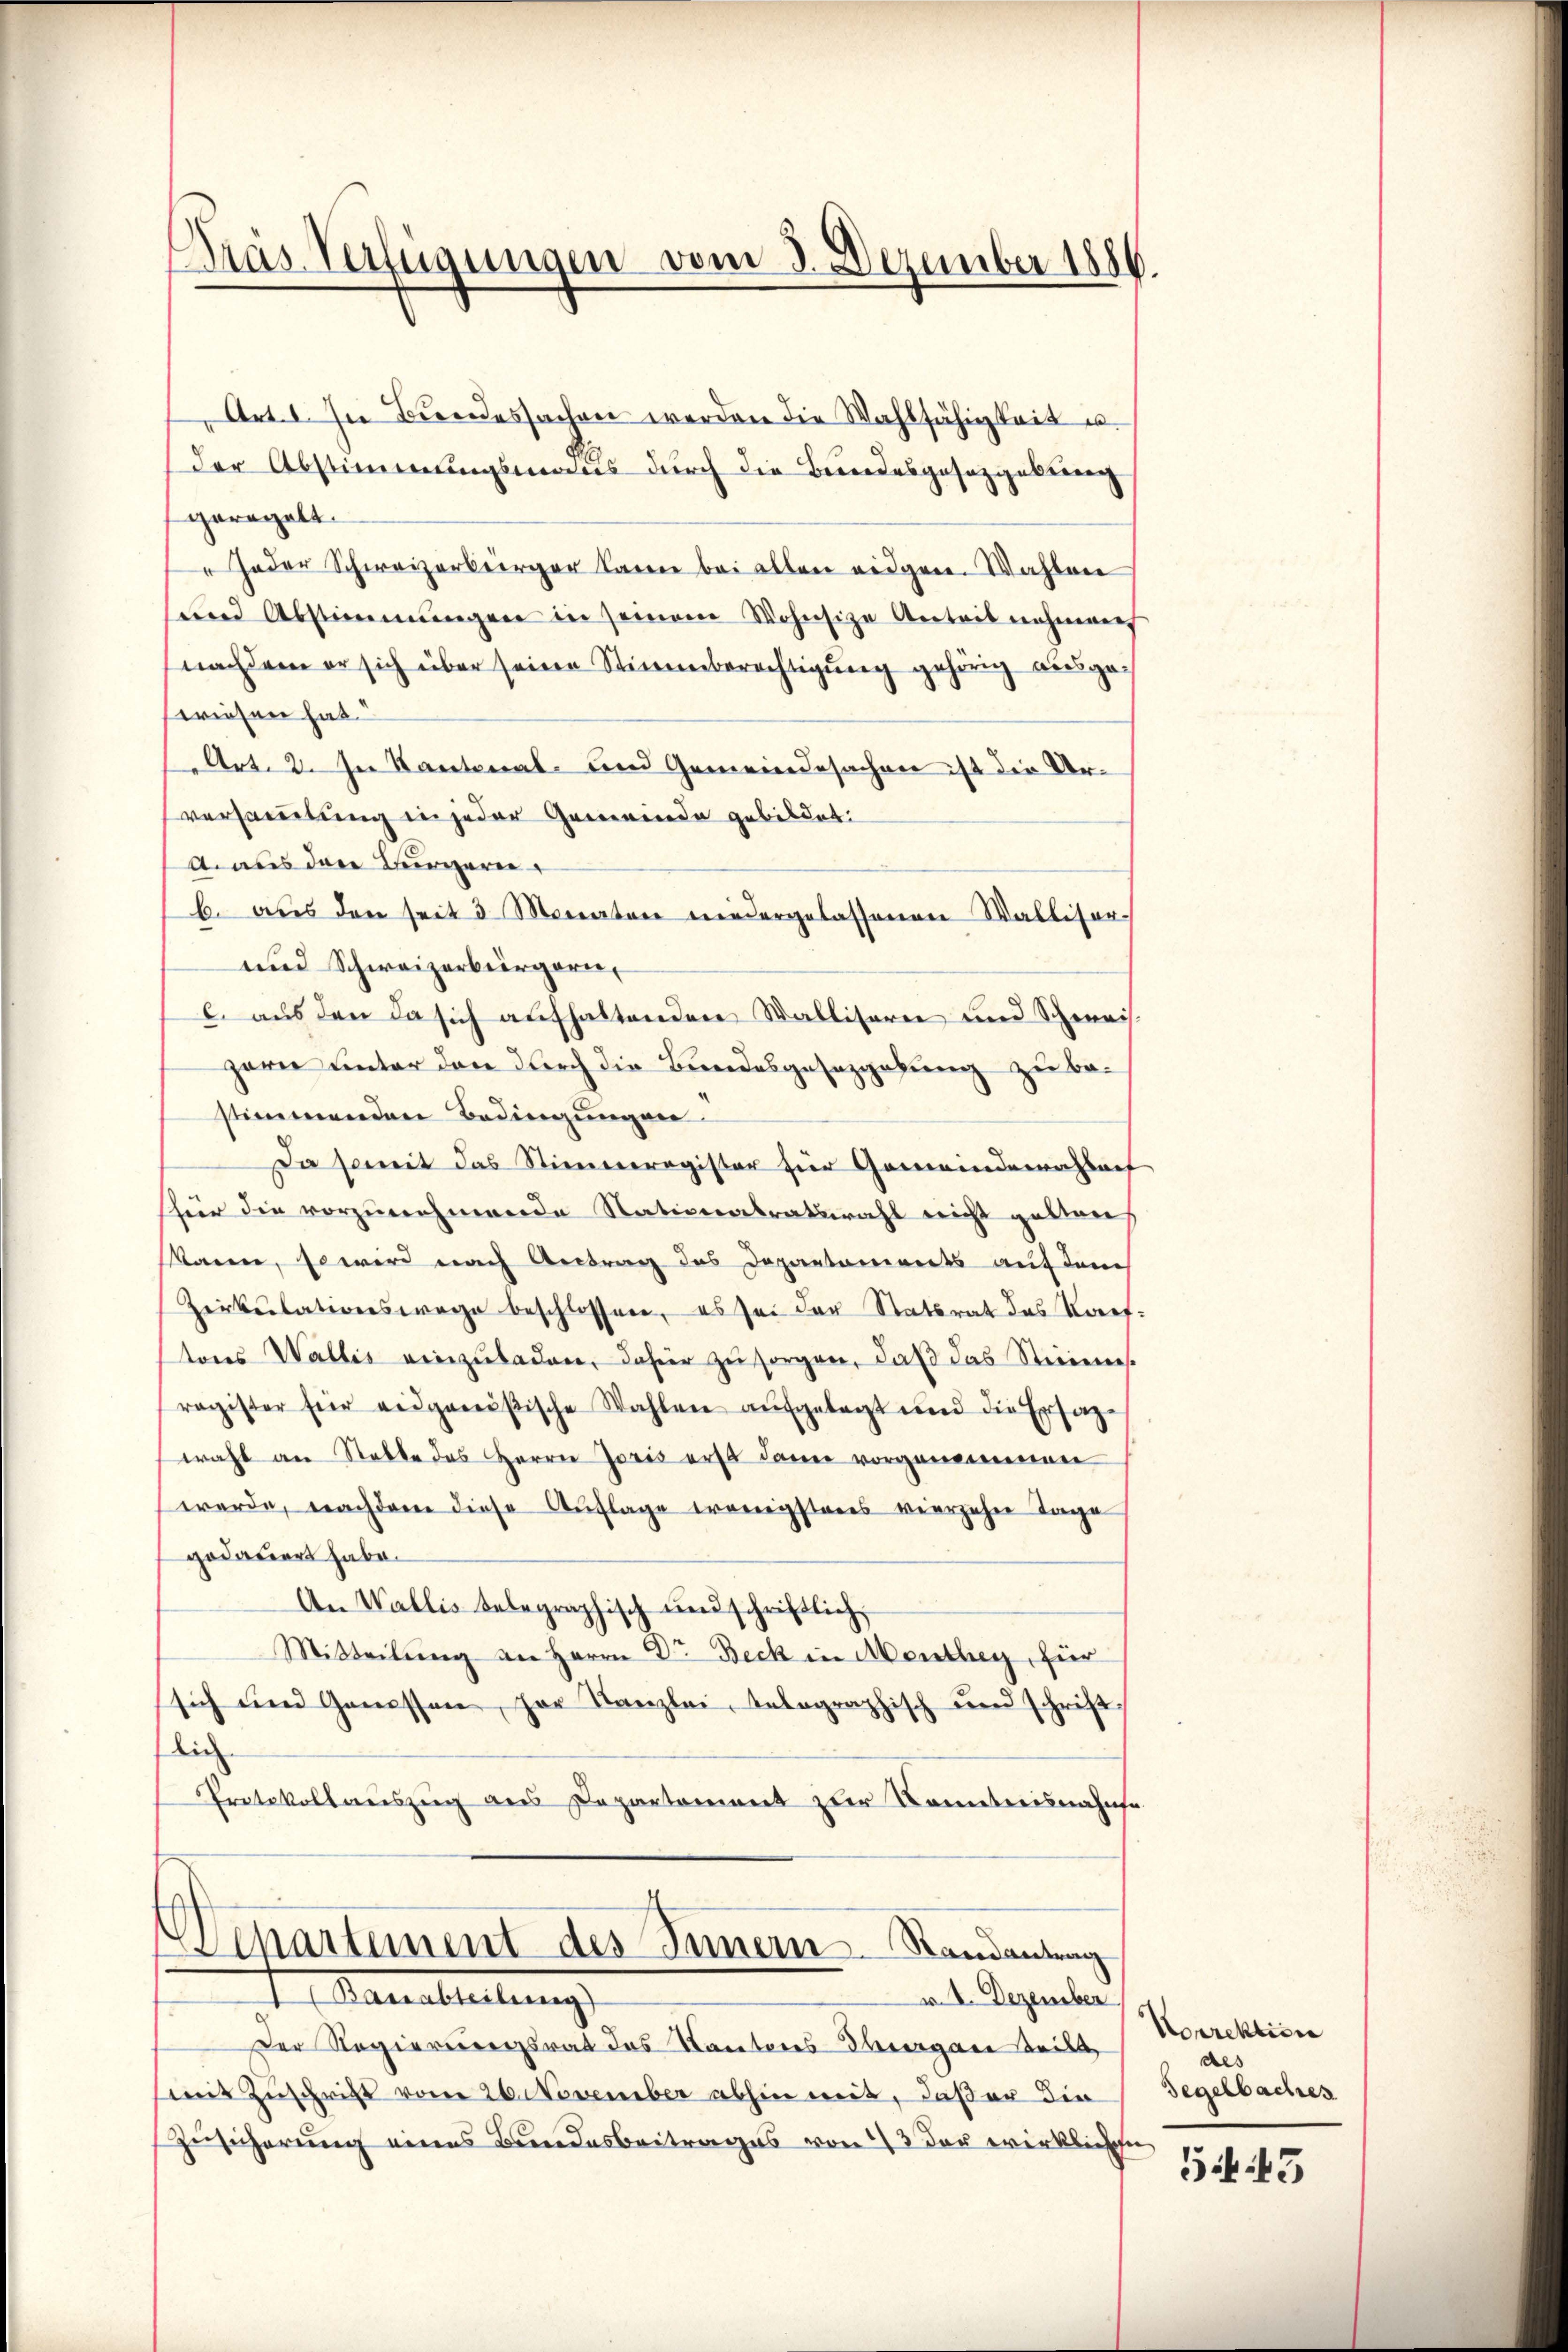
Dras Verfügungen vom 3. Dezember 1886.

Art. I. In Bŭndessachen werden die Wahlfähigkeit u.
der Abstimmungsmaus durch die Bundesgesetzgebenen
geregelt.
 Jeder Schweizerbürger kann bei allen eidgen. Wahlen
send Abstimmungen in seinem Wohnsize Anteil nehmens
nachdem er sich über seine Stimmberechtigung gehörig ausgewiesen hat.“
Art. 2. In Kantonal- und Gemeindesachen ist die Urversammlung in jeder Gemeinde gebildet:
Aaus den Bürgern
b. aus den seit 3 Monaten wiedergelassenen Walliser-
und Schweizerbürgern,
l. aus den da sich aufhaltenden Walliseren und Schweis-
Harre unter der durch die Bundesgesetzgebung zu bestimmenden Bedingungen
Da somit das Stimmregister für Gemeindewahlref
shier die vorzunehmende Nationalratswahl nicht gelten
kann, so wird nach Antrag das Departaments auf dem
Zirkŭlationswage beschlossen, es sei der Statsrat das Kauf-
teres Wallis einzuladen, dahier zu sorgen, daß das Steienne
ragister für eidgenößische Wahlen aufgelegt und die Ersazwahl an Stelle des Herrn Joris erst dann vorgenommen
werde, nachdem diese Auflage erwenigsteres vierzehen Tage
gedauert habe.
An Wallis belegraphisch und schriftlich
Mitteilŭng an Herrn Dr. Beck in Menthey, für
sich und Genossen, her Kanzlei, telegraphisch und schrift-
dich
Protokollauszug aus Departement zur Kenntnisnahme

Separtement des Innern Randantrag

I. Paralleitung

v. I. Dezember
Der Regierungsrat das Natores Thiergare Teil
mit Zuschrift vom 26. November abhin mit, daß er die
Zusicherung eines Bundesbeitrages von 13 der wirklichen

Norrektion
des
Segelbaches

54. 43